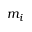
m _ { i }